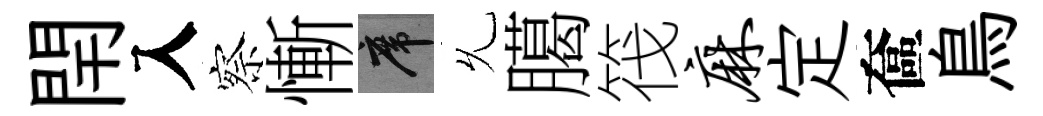
閈入察慚席𠃔臈筏麻定奩鳥